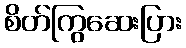
စိတ်ကြွဆေးပြား